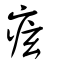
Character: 痃